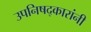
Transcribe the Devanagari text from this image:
उपनिषद्‌कारांनी